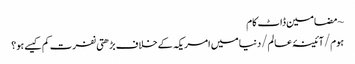
~ مضامین ڈاٹ کام
ہوم/آئینۂ عالم/دنیا میں امریکہ کے خلاف بڑھتی نفرت کم کیسے ہو؟